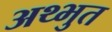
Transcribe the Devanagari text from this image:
अथ्भुत